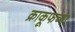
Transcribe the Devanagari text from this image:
क्राकूफच्या